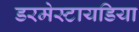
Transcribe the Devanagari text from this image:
डरमेस्टायडिया